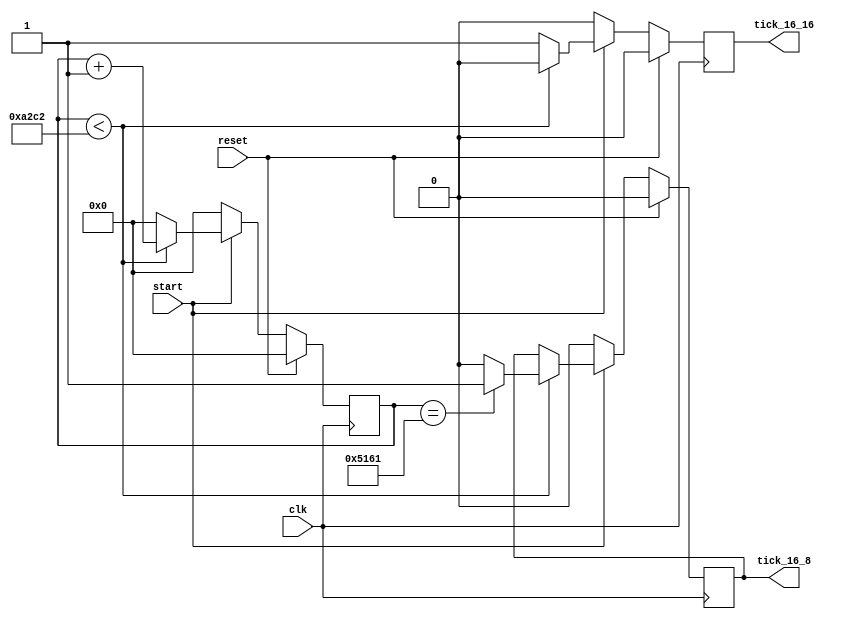
module sampling_tick_generator#(
	parameter BAUD 			=2400,
	parameter CLOCK_IN_MHZ	=100
)
(
 input clk,
 input reset,
 input start,
 output reg tick_16_8,  // trick at every 16th of 16 times baud starting at 8th 
 output reg tick_16_16  // trick at every 16th of 16 times baud starting at 16th 
 );
 
 localparam  integer SAMPLING_RATE=16*CLOCK_IN_MHZ*1000000/(BAUD*16);
 localparam  integer SAMPLING_RATE_2x=SAMPLING_RATE/2;
 localparam  COUNTER_WIDTH=logb2(SAMPLING_RATE-1);
 
 
function integer logb2;
  input [31:0] in;
  integer i;
  begin
    i = in;
      for(logb2=1; i>0; logb2=logb2+1)
        i = i >> 1;
  end
endfunction


 reg[COUNTER_WIDTH-1:0] counter;
 always@(posedge clk)begin
	if(reset)begin
		counter<={{COUNTER_WIDTH}{1'b0}};
		tick_16_16  <=1'b0;
		tick_16_8<=1'b0;
		//$display(SAMPLING_RATE_2x);
	end
	else begin
		if(start) begin
			if(counter<SAMPLING_RATE)begin
				counter<=counter+{{{COUNTER_WIDTH-1}{1'b0}},1'b1};
				   tick_16_16   <=1'b0;				
				if(counter==SAMPLING_RATE_2x)
					tick_16_8 <=1'b1;
				else
					tick_16_8 <=1'b0;
			end
			else begin
				counter<={{COUNTER_WIDTH}{1'b0}};
				tick_16_16  <=1'b1;
			end
		end 
		else begin
			counter<={{COUNTER_WIDTH}{1'b0}};
			tick_16_16   <=1'b0;
			tick_16_8    <=1'b0;
		end
	end
 end


endmodule